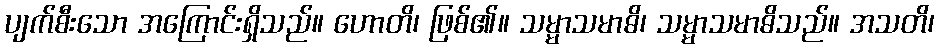
ပျက်စီးသော အကြောင်းရှိသည်။ ဟောတိ၊ ဖြစ်၏။ သမ္မာသမာဓိ၊ သမ္မာသမာဓိသည်။ အသတိ၊